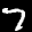
Label: 7